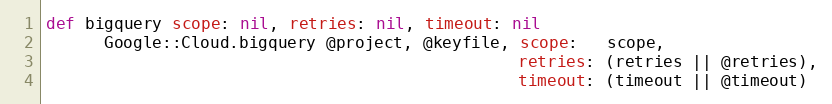
Language: Ruby
def bigquery scope: nil, retries: nil, timeout: nil
      Google::Cloud.bigquery @project, @keyfile, scope:   scope,
                                                 retries: (retries || @retries),
                                                 timeout: (timeout || @timeout)